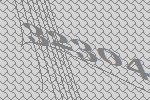
32304